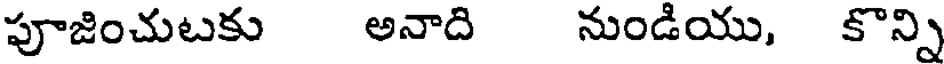
పూజించుటకు అనాది నుండియు, కొన్ని